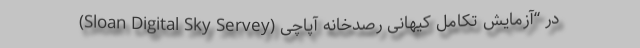
(Sloan Digital Sky Servey) در “آزمایش تکامل کیهانی رصدخانه آپاچی